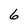
Character: 6